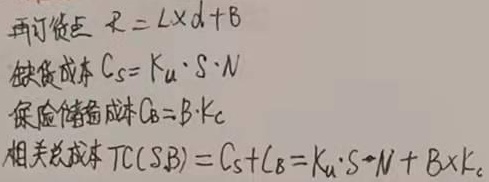
再订货点 \(R = L\times d + B\)
缺货成本 \(C_S = K_u\cdot S\cdot N\)
保险储备成本 \(C_B = B\cdot K_c\)
相关总成本 \(TC(S,B)=C_S + C_B = K_u\cdot S\cdot N + B\times K_c\)